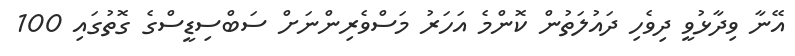
އޭނާ ވިދާޅުވީ ދިވެހި ދައުލަތުން ކޮންމެ އަހަރު މަސްވެރިންނަށް ސަބްސިޑީސްގެ ގޮތުގައި 100